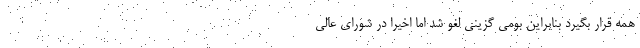
همه قرار بگیرد بنابراین بومی گزینی لغو شد اما اخیرا در شورای عالی